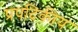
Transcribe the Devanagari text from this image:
प्रपदिकीय